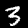
Digit: 3